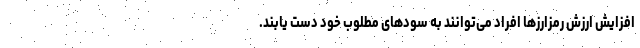
افزایش ارزش رمزارز‌ها افراد می‌توانند به سود‌های مطلوب خود دست یابند.